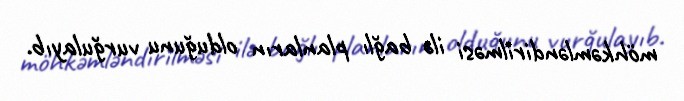
möhkəmləndirilməsi ilə bağlı planların olduğunu vurğulayıb.